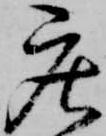
庄